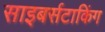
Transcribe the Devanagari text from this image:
साइबर्सटाकिंग